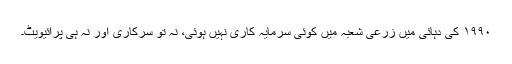
۱۹۹۰ کی دہائی میں زرعی شعبہ میں کوئی سرمایہ کاری نہیں ہوئی، نہ تو سرکاری اور نہ ہی پرائیویٹ۔